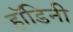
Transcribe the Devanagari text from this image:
हॉडिनी